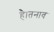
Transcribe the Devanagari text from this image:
है।तनाव